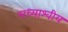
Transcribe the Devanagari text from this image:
मध्याश्वीय